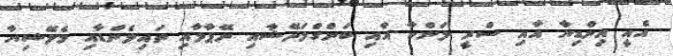
އެއީ އިންޑިޔާ އާއި ސްރީ ލަންކާ އާއި ބަންގްލަދޭޝާއި ނޭޕާލާއި ތައިލެންޑާއި މެލޭޝިޔާ